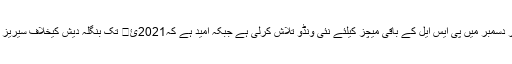
وسیم خان کا ایک گفتگو کے دوران کہنا تھا کہ بورڈ نے نومبر اور دسمبر میں پی ایس ایل کے باقی میچز کیلئے نئی ونڈو تلاش کرلی ہے جبکہ امید ہے کہ2021ئ� تک بنگلہ دیش کیخلاف سیریز کے باقی رہ جانے والے میچز کا انعقاد بھی ممکن بنا لیا جائے گا۔